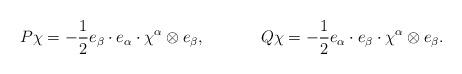
LaTeX: \begin{align*}P\chi &= -\frac{1}{2} e_\beta \cdot e_\alpha \cdot \chi^\alpha\otimes e_\beta, &Q\chi &= -\frac{1}{2} e_\alpha \cdot e_\beta \cdot \chi^\alpha \otimes e_\beta.\end{align*}